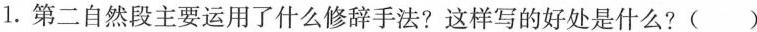
1.第二自然段主要运用了什么修辞手法?这样写的好处是什么?（）